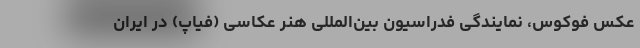
عکس فوکوس، نمایندگی فدراسیون بین‌المللی هنر عکاسی (فیاپ) در ایران